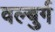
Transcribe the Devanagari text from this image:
वल्बुर्ग